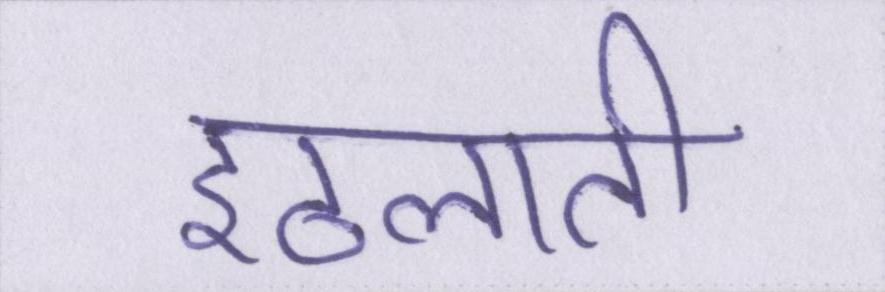
इठलाती